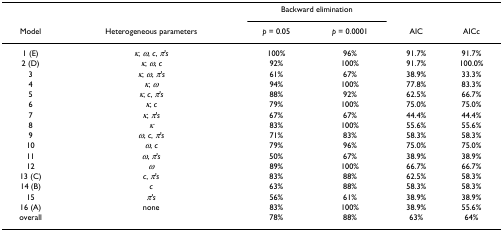
<table><thead><tr><td></td><td></td><td colspan="2"><b>Backward elimination</b></td><td></td><td></td></tr><tr><td><b>Model</b></td><td><b>Heterogeneous parameters</b></td><td><b><i>p </i>= 0.05</b></td><td><b><i>p </i>= 0.0001</b></td><td><b>AIC</b></td><td><b>AICc</b></td></tr></thead><tbody><tr><td>1 (E)</td><td><i>κ</i>, <i>ω</i>, <i>c</i>, <i>π&#x27;s</i></td><td>100%</td><td>96%</td><td>91.7%</td><td>91.7%</td></tr><tr><td>2 (D)</td><td><i>κ</i>, <i>ω</i>, <i>c</i></td><td>92%</td><td>100%</td><td>91.7%</td><td>100.0%</td></tr><tr><td>3</td><td><i>κ</i>, <i>ω</i>, <i>π&#x27;s</i></td><td>61%</td><td>67%</td><td>38.9%</td><td>33.3%</td></tr><tr><td>4</td><td><i>κ</i>, <i>ω</i></td><td>94%</td><td>100%</td><td>77.8%</td><td>83.3%</td></tr><tr><td>5</td><td><i>κ</i>, <i>c</i>, <i>π&#x27;s</i></td><td>88%</td><td>92%</td><td>62.5%</td><td>66.7%</td></tr><tr><td>6</td><td><i>κ</i>, <i>c</i></td><td>79%</td><td>100%</td><td>75.0%</td><td>75.0%</td></tr><tr><td>7</td><td><i>κ</i>, <i>π&#x27;s</i></td><td>67%</td><td>67%</td><td>44.4%</td><td>44.4%</td></tr><tr><td>8</td><td><i>κ</i></td><td>83%</td><td>100%</td><td>55.6%</td><td>55.6%</td></tr><tr><td>9</td><td><i>ω</i>, <i>c</i>, <i>π&#x27;s</i></td><td>71%</td><td>83%</td><td>58.3%</td><td>58.3%</td></tr><tr><td>10</td><td><i>ω</i>, <i>c</i></td><td>79%</td><td>96%</td><td>75.0%</td><td>75.0%</td></tr><tr><td>11</td><td><i>ω</i>, <i>π&#x27;s</i></td><td>50%</td><td>67%</td><td>38.9%</td><td>38.9%</td></tr><tr><td>12</td><td><i>ω</i></td><td>89%</td><td>100%</td><td>66.7%</td><td>66.7%</td></tr><tr><td>13 (C)</td><td><i>c</i>, <i>π&#x27;s</i></td><td>83%</td><td>88%</td><td>62.5%</td><td>58.3%</td></tr><tr><td>14 (B)</td><td><i>c</i></td><td>63%</td><td>88%</td><td>58.3%</td><td>58.3%</td></tr><tr><td>15</td><td><i>π&#x27;s</i></td><td>56%</td><td>61%</td><td>38.9%</td><td>38.9%</td></tr><tr><td>16 (A)</td><td>none</td><td>83%</td><td>100%</td><td>38.9%</td><td>55.6%</td></tr><tr><td>overall</td><td></td><td>78%</td><td>88%</td><td>63%</td><td>64%</td></tr></tbody></table>